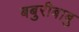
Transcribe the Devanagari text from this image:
बबुरीबाबु